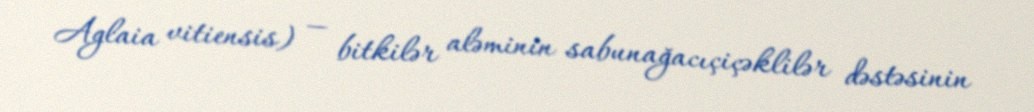
Aglaia vitiensis) — bitkilər aləminin sabunağacıçiçəklilər dəstəsinin